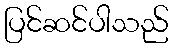
ပြင်ဆင်ပါသည်